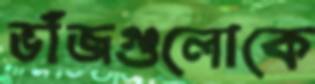
ভাঁজগুলোকে